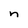
Character: n